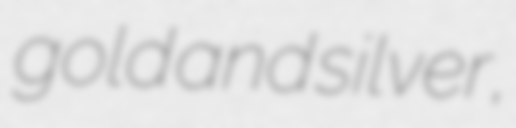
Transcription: gold and silver,